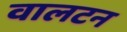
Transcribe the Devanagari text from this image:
वालटन